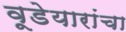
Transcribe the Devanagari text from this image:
वूडेयारांचा